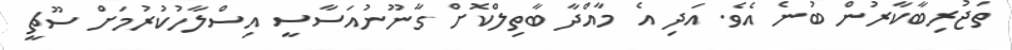
ތަޖުރިބާކާރުން ބުނެ އެވެ. އަދި އެ މާއްދާ ބާތިލްކޮށް ގާނޫނުއަސާސީ އިސްލާހުކުރުމަށް ސޫޗީ